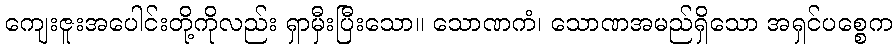
ကျေးဇူးအပေါင်းတို့ကိုလည်း ရှာမှီးပြီးသော။ သောဏကံ၊ သောဏအမည်ရှိသော အရှင်ပစ္စေက